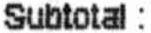
SUBTOTAL :